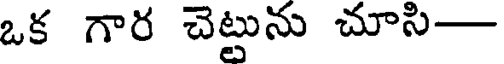
ఒక గార చెట్టును చూసి-